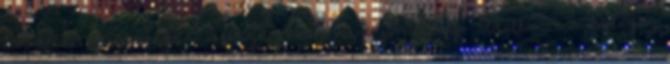
lakhatási körülményeik messze jobbak mint jó néhány, áldatlan körülmények